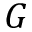
G